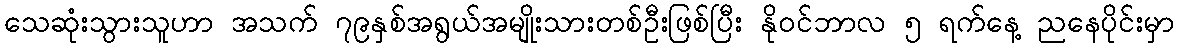
သေဆုံးသွားသူဟာ အသက် ၇၉နှစ်အရွယ်အမျိုးသားတစ်ဦးဖြစ်ပြီး နိုဝင်ဘာလ ၅ ရက်နေ့ ညနေပိုင်းမှာ